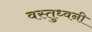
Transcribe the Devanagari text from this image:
वस्तुध्वनी